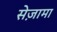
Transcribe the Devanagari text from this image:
सेज़ामा